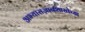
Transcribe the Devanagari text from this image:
अभ्यासज्ञानशाखेच्या